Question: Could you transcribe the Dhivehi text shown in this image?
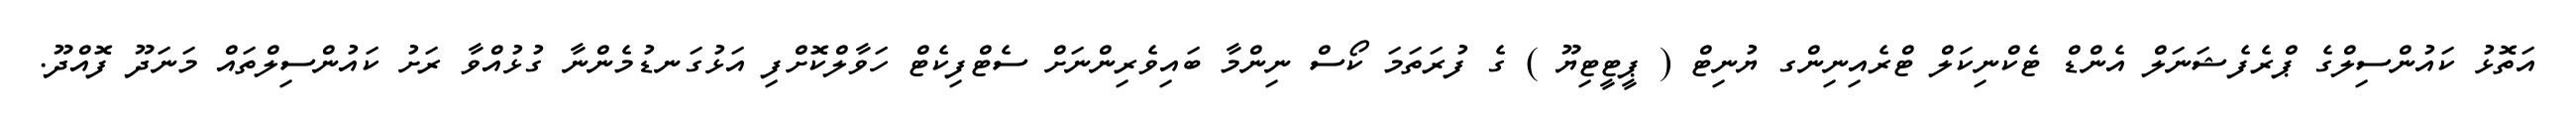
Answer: އަތޮޅު ކައުންސިލްގެ ޕްރެފެޝަނަލް އެންޑް ޓެކްނިކަލް ޓްރެއިނިންގ ޔުނިޓް ( ޕީޓީޓިޔޫ ) ގެ ފުރަތަމަ ކޯސް ނިންމާ ބައިވެރިންނަށް ސެޓްފިކެޓް ހަވާލްކޮށްފި އަޅުގަނޑުމެންނާ ގުޅުއްވާ ރަށު ކައުންސިލްތައް މަނަދޫ ފޮއްދޫ.